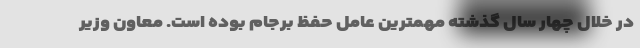
در خلال چهار سال گذشته مهمترین عامل حفظ برجام بوده است. معاون وزیر